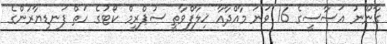
ގާނޫނު އަސާސީގެ 16 ވަނަ މާއްދާއާ ޚިލާފްވާތީ ސުޕްރީމް ކޯޓުގެ ހަތް ފަނޑިޔާރުންގެ